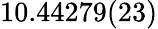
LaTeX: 10.44279(23)